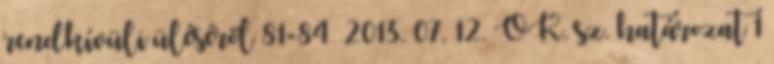
rendkívüli üléséről 81-84 2013. 07. 12. ÖK. sz. határozat 1